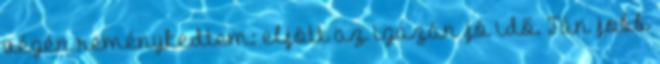
végén reménykedtem: eljött az igazán jó idő. Tán jobb